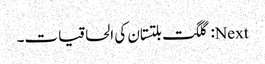
Next: گلگت بلتستان کی الحاقیات۔